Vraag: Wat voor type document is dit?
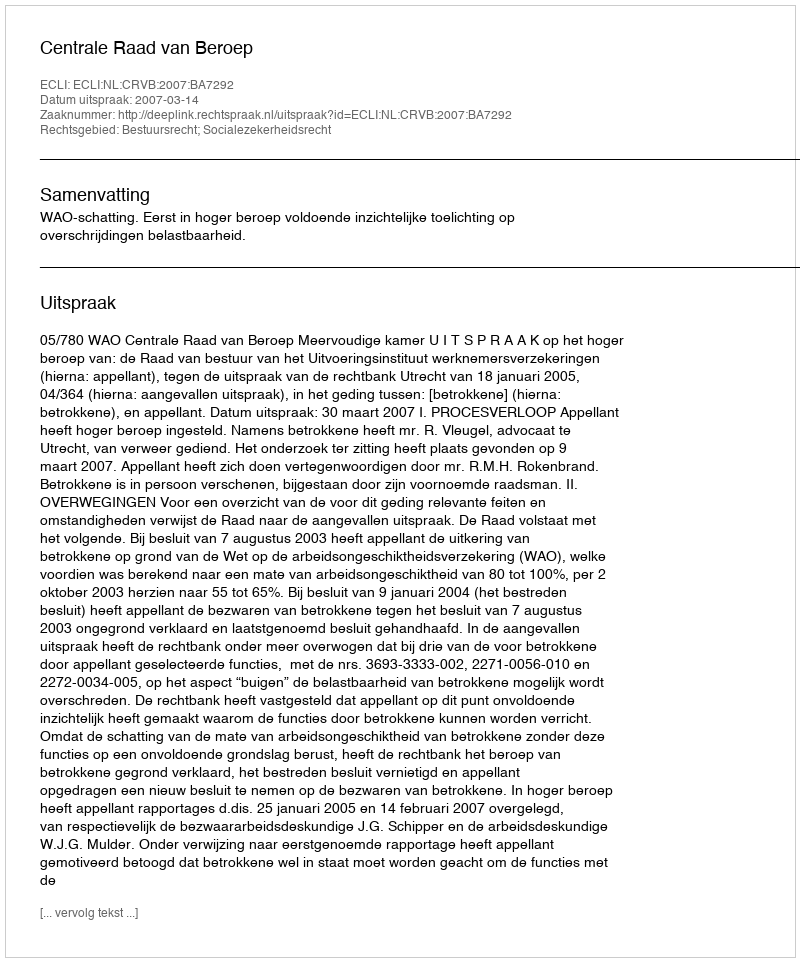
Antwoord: Uitspraak